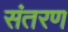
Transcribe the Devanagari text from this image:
संतरण